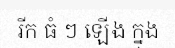
រីក ធំ ៗ ឡើង ក្នុង